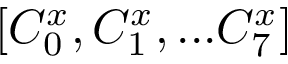
[ C _ { 0 } ^ { x } , C _ { 1 } ^ { x } , . . . C _ { 7 } ^ { x } ]